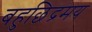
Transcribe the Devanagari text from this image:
बहुछिद्रमय